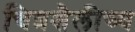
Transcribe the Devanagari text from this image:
चित्रशैलीच्य